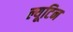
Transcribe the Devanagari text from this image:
ल्यूटिन